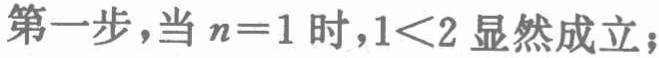
第一步，当 \(n = 1\) 时，\(1<2\) 显然成立；